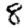
Digit: 8